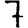
Digit: 7